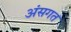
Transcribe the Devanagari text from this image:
अंसगत